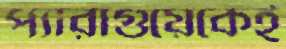
প্যারাগুয়েকেই